Civil Veterinary Dept. Bombay admin report 1923-31 - 1923-1931
Year: 1923
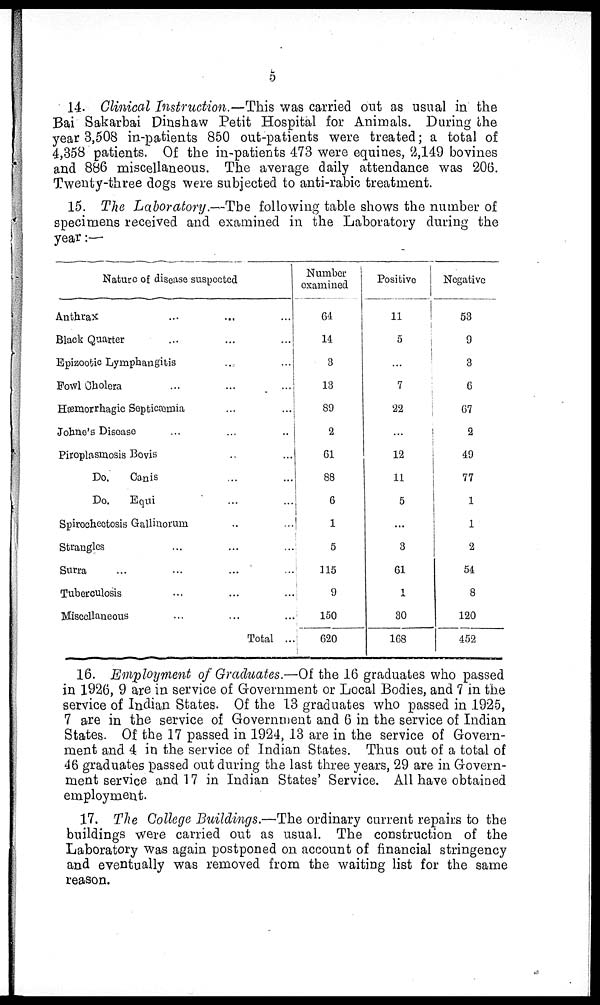
5
14. Clinical Instruction.—This was carried out as usual in the
Bai Sakarbai Dinshaw Petit Hospital for Animals. During the
year 3,508 in-patients 850 out-patients were treated; a total of
4,358 patients. Of the in-patients 473 were equines, 2,149 bovines
and 886 miscellaneous. The average daily attendance was 206.
Twenty-three dogs were subjected to anti-rabic treatment.
15. The Laboratory.—The following table shows the number of
specimens received and examined in the Laboratory during the
year:—
Nature of disease suspected
Anthrax ... ... ...
Black Quarter ... ... ...
Epizootic Lymphangitis .. ..
Fowl Cholera ... ... ...
Hæmorrhagic Septicæmia ... ... ...
Johne's Discase ... ... ...
Piroplasmosis Bovis ... ...
Do.
Canis ... ...
Do.
Equi ... ...
Spirochcetosis Gallinorum ... ...
Strangles ... ... ...
Surra ... ... ... ...
Tuberculosis ... ... ...
Miscellaneous ... ... ...
Total ...
Number
examined
64
14
3
13
89
2
61
88
6
1
5
115
9
150
620
Positive
11
5
...
7
22
12
11
5
...
3
61
1
30
168
Negative
53
9
3
6
67
2
49
77
1
1
2
54
8
120
452
16. Employment of Graduates.—Of the 16 graduates who passed
in 1926, 9 are in service of Government or Local Bodies, and 7 in the
service of Indian States. Of the 13 graduates who passed in 1925,
7 are in the service of Government and 6 in the service of Indian
States. Of the 17 passed in 1924, 13 are in the service of Govern-
ment and 4 in the service of Indian States. Thus out of a total of
46 graduates passed out during the last three years, 29 are in Govern-
ment service and 17 in Indian States' Service. All have obtained
employment.
17. The College Buildings.—The ordinary current repairs to the
buildings were carried out as usual. The construction of the
Laboratory was again postponed on account of financial stringency
and eventually was removed from the waiting list for the same
reason.